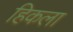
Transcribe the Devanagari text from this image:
हिकला